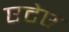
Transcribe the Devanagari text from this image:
एटेए